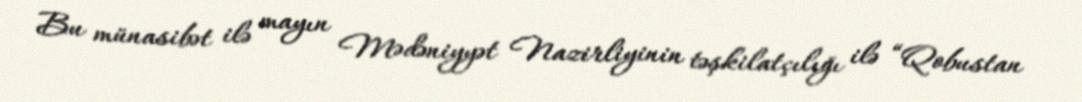
Bu münasibət ilə mayın Mədəniyyət Nazirliyinin təşkilatçılığı ilə “Qobustan